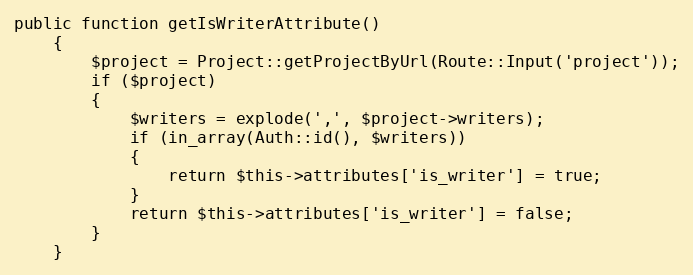
Language: PHP
public function getIsWriterAttribute()
	{
		$project = Project::getProjectByUrl(Route::Input('project'));
		if ($project)
		{
			$writers = explode(',', $project->writers);
			if (in_array(Auth::id(), $writers))
			{
				return $this->attributes['is_writer'] = true;
			}
			return $this->attributes['is_writer'] = false;
		}
	}